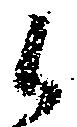
候